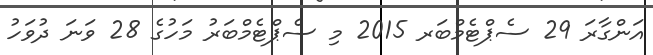
އަންގާރަ 29 ސެޕްޓެމްބަރ 2015 މި ސެޕްޓެމްބަރު މަހުގެ 28 ވަނަ ދުވަހު